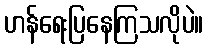
ဟန်ရေးပြနေကြသလိုပဲ။